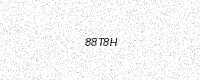
Text: 88T8H